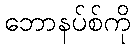
ဘောနပ်စ်ကို